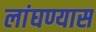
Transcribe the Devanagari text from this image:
लांघण्यास